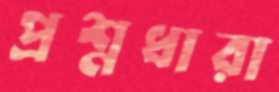
প্রশ্নধারা